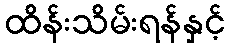
ထိန်းသိမ်းရန်နှင့်